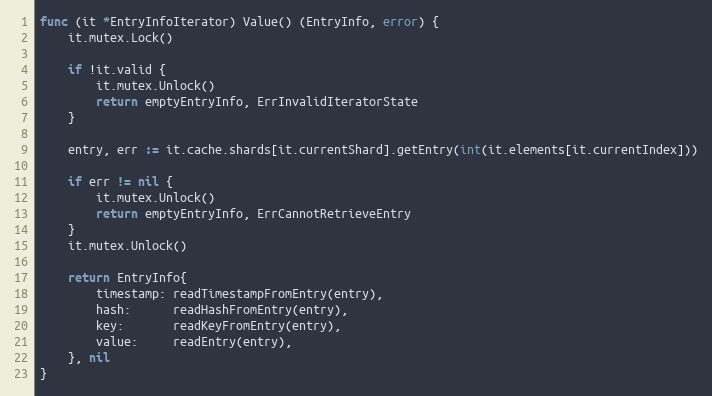
Language: Go
func (it *EntryInfoIterator) Value() (EntryInfo, error) {
	it.mutex.Lock()

	if !it.valid {
		it.mutex.Unlock()
		return emptyEntryInfo, ErrInvalidIteratorState
	}

	entry, err := it.cache.shards[it.currentShard].getEntry(int(it.elements[it.currentIndex]))

	if err != nil {
		it.mutex.Unlock()
		return emptyEntryInfo, ErrCannotRetrieveEntry
	}
	it.mutex.Unlock()

	return EntryInfo{
		timestamp: readTimestampFromEntry(entry),
		hash:      readHashFromEntry(entry),
		key:       readKeyFromEntry(entry),
		value:     readEntry(entry),
	}, nil
}